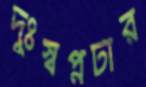
দুঃস্বপ্নটার